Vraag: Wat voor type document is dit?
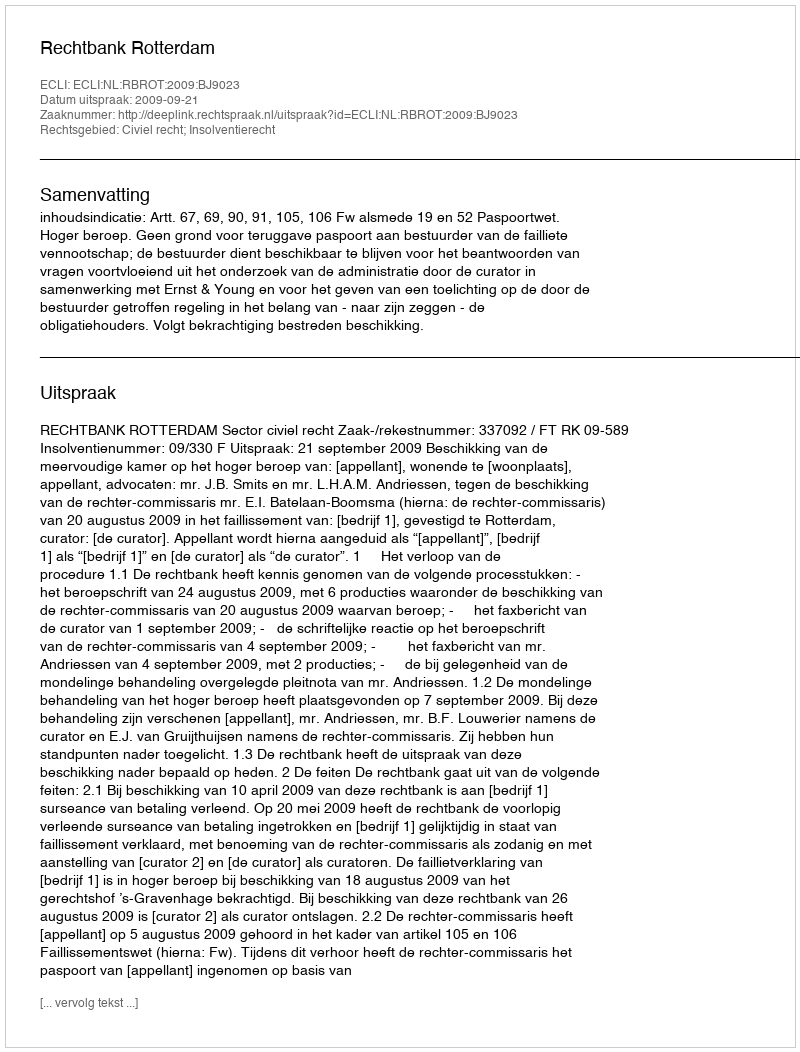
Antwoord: Uitspraak